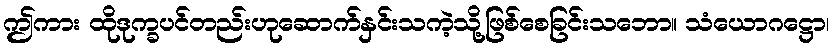
ဤကား ထိုဒုက္ခပင်တည်းဟုဆောက်နှင်းသကဲ့သို့ဖြစ်စေခြင်းသဘော။ သံယောဂဋ္ဌော၊